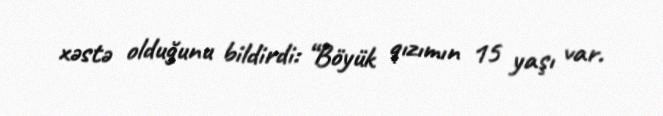
xəstə olduğunu bildirdi: “Böyük qızımın 15 yaşı var.